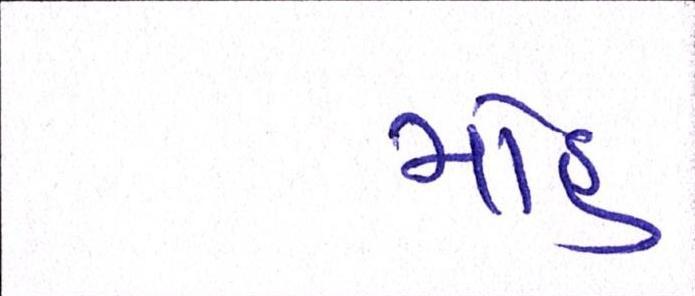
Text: મોહ